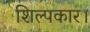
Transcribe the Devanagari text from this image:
शिल्पकार।